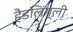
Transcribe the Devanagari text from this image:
हैडलिंग्ली